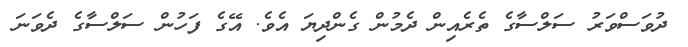
ދުވަސްވަރު ސަލްސާގެ ތެރެއިން ދެމުން ގެންދިޔަ އެވެ. އޭގެ ފަހުން ސަލްސާގެ ދެވަނަ